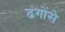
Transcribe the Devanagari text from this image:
ढंगोंसे